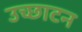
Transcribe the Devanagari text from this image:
उच्छाटन